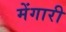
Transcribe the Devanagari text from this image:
मेंगारी